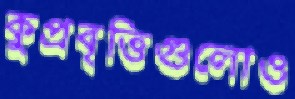
কুপ্রবৃত্তিগুলোও